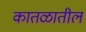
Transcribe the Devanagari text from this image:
कातळातील